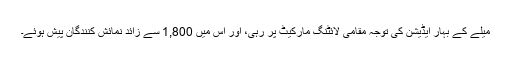
میلے کے بہار ایڈیشن کی توجہ مقامی لائٹنگ مارکیٹ پر رہی، اور اس میں 1,800 سے زائد نمائش کنندگان پیش ہوئے۔